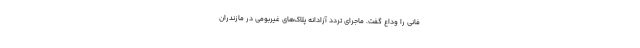
فانی را وداع گفت. ماجرای تردد آزادانه پلاک‌های غیربومی در مازندران